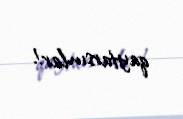
qaytarsınlar!.